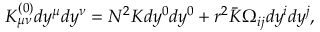
K _ { \mu \nu } ^ { ( 0 ) } d y ^ { \mu } d y ^ { \nu } = N ^ { 2 } { \cal K } d y ^ { 0 } d y ^ { 0 } + r ^ { 2 } \bar { \cal K } \Omega _ { i j } d y ^ { i } d y ^ { j } ,